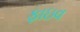
ફાઇવ